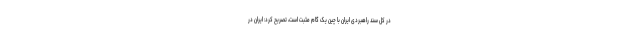
در کل سند راهبردی ایران با چین یک گام مثبت است، تصریح کرد: ایران در